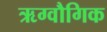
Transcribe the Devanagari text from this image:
ऋग्वौगिक